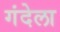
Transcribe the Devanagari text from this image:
गंदेला